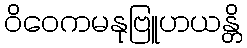
ဝိဝေကမနုဗြူဟယန္တိ